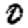
Digit: 0